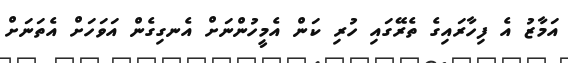
އަމާޒު އެ ފިހާރައިގެ ތެރޭގައި ހުރި ކަން އެމީހުންނަށް އެނގިގެން އަވަހަށް އެތަނަށް